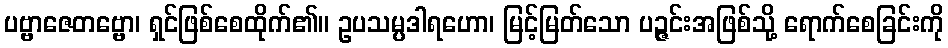
ပဗ္ဗာဇေတဗ္ဗော၊ ရှင်ဖြစ်စေထိုက်၏။ ဥပသမ္ပဒါရဟော၊ မြင့်မြတ်သော ပဉ္ဇင်းအဖြစ်သို့ ရောက်စေခြင်းကို